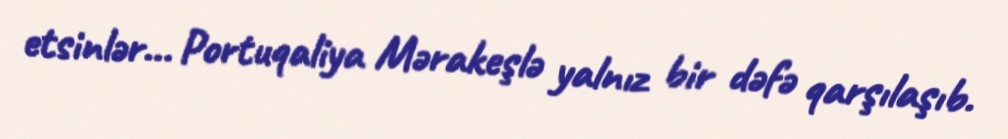
etsinlər... Portuqaliya Mərakeşlə yalnız bir dəfə qarşılaşıb.